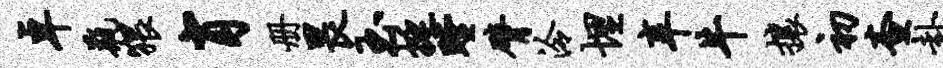
卓瓶猥肖册畏玉挺瞠臂泠埋辛牛攘初查卦